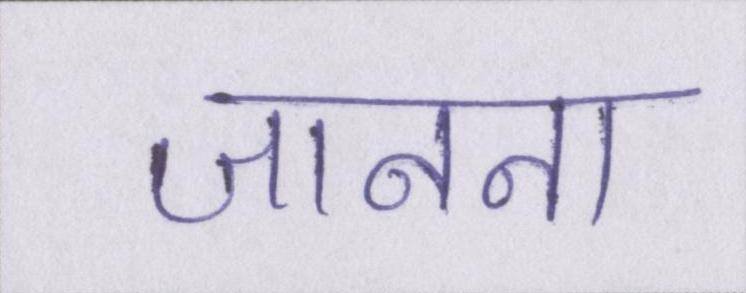
जानना